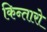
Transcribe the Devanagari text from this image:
किन्तारो